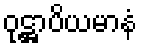
ဝုဋ္ဌာပိယမာနံ